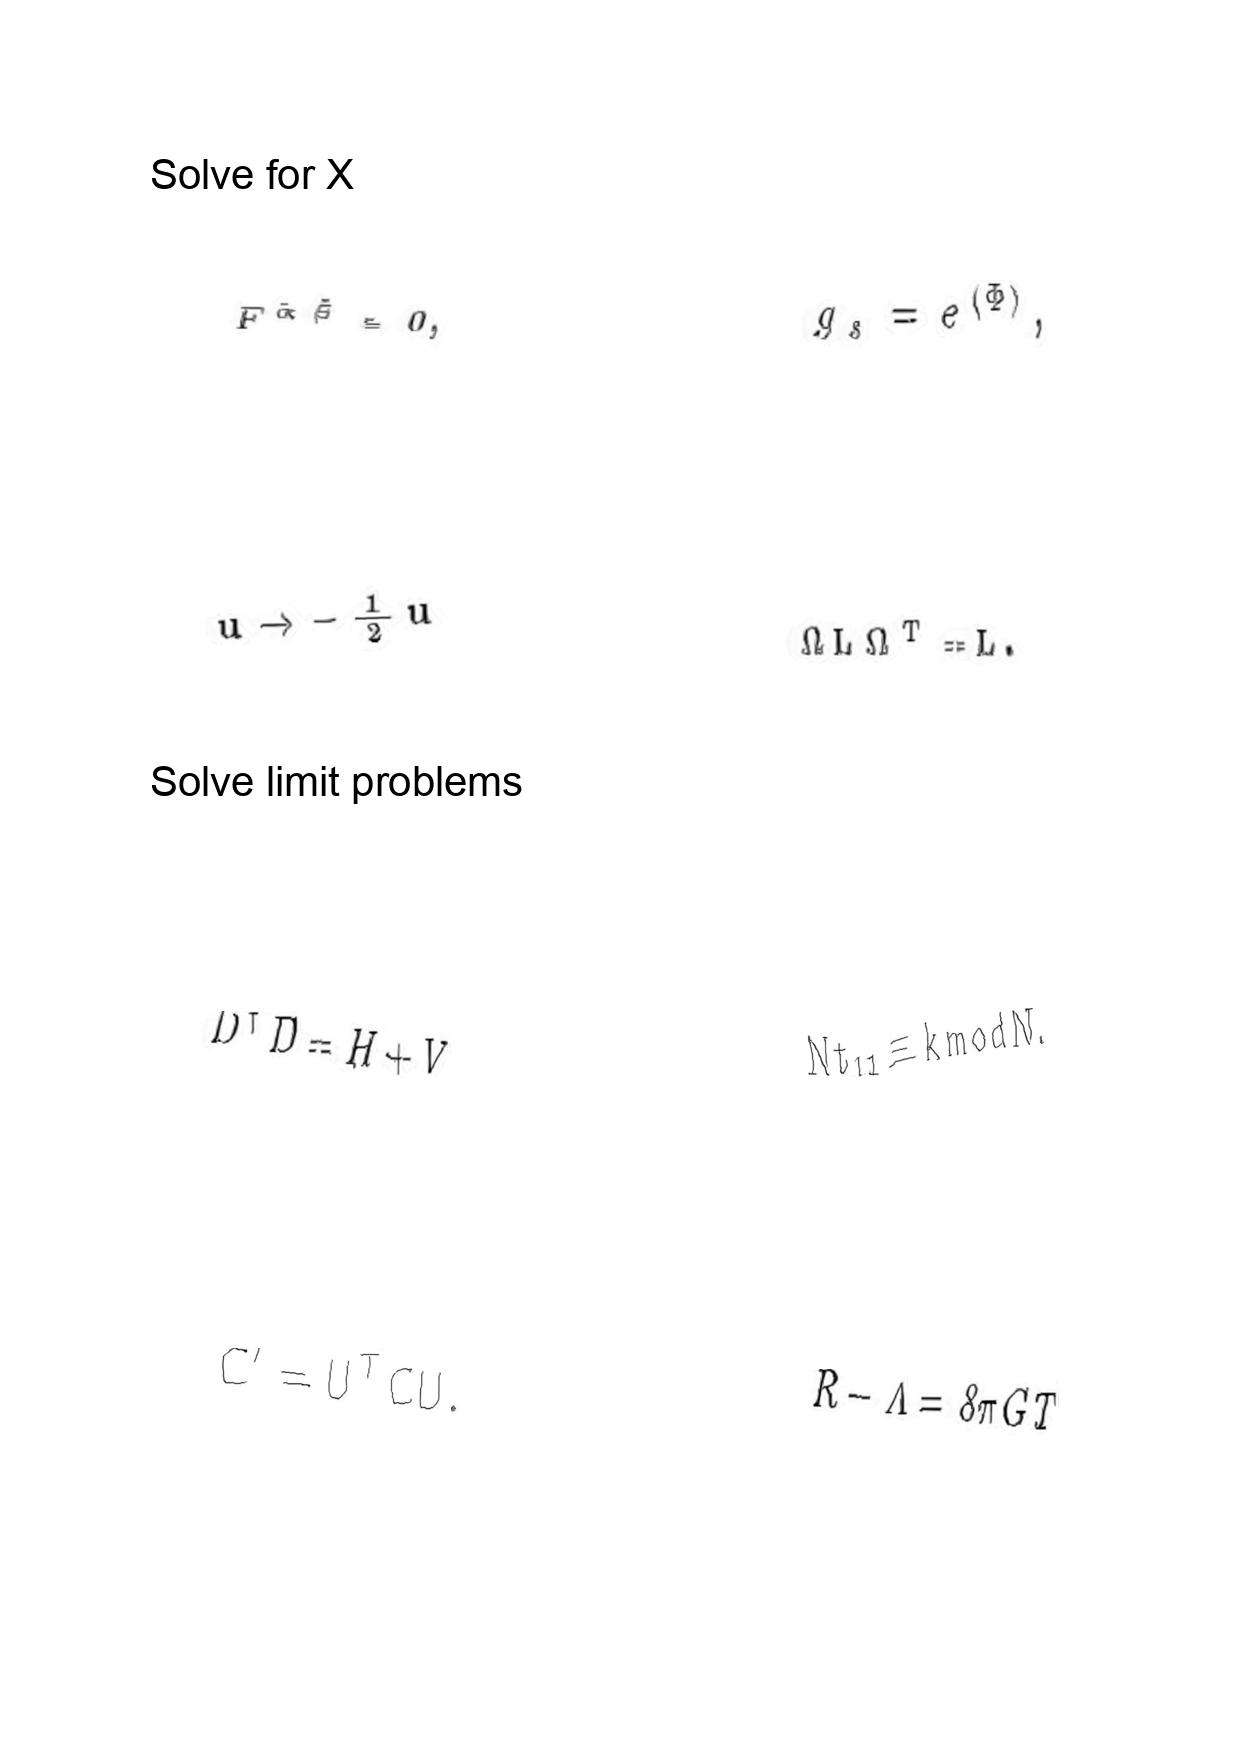
LaTeX transcription:
F ^ { \dot { \alpha } \dot { \beta } } = 0 ,
u \rightarrow - \frac { 1 } { 2 } u
D ^ { \dagger } D = H + V
C ^ { \prime } = U ^ { T } C U .
g _ { s } = e ^ { \langle \Phi \rangle } ,
\Omega L \Omega ^ { T } = L .
N t _ { 1 1 } \equiv k \mathrm { m o d } N .
R - \Lambda = 8 \pi G T